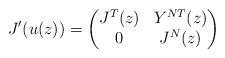
LaTeX: \begin{align*}J'(u(z)) = \begin{pmatrix}J^T(z) & Y^{NT}(z) \\0 & J^N(z)\end{pmatrix}\quad\end{align*}